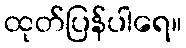
ထုတ်ပြန်ပါရေ။